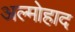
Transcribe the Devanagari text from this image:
अल्मोहाद